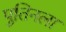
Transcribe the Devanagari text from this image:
पुतिनला